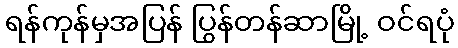
ရန်ကုန်မှအပြန် ပြွန်တန်ဆာမြို့ ဝင်ရပုံ